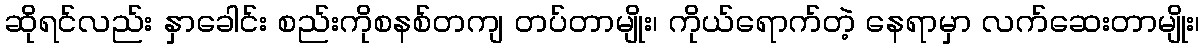
ဆိုရင်လည်း နှာခေါင်း စည်းကိုစနစ်တကျ တပ်တာမျိုး၊ ကိုယ်ရောက်တဲ့ နေရာမှာ လက်ဆေးတာမျိုး၊